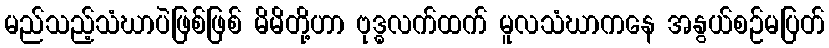
မည်သည့်သံဃာပဲဖြစ်ဖြစ် မိမိတို့ဟာ ဗုဒ္ဓလက်ထက် မူလသံဃာကနေ အနွယ်စဉ်မပြတ်